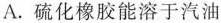
A.硫化橡胶能溶于汽油